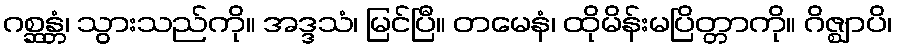
ဂစ္ဆန္တံ၊ သွားသည်ကို။ အဒ္ဒသံ၊ မြင်ပြီ။ တမေနံ၊ ထိုမိန်းမပြိတ္တာကို။ ဂိဇ္ဈာပိ၊